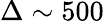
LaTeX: \Delta\sim 500